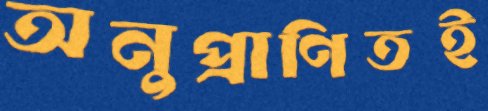
অনুপ্রাণিতই